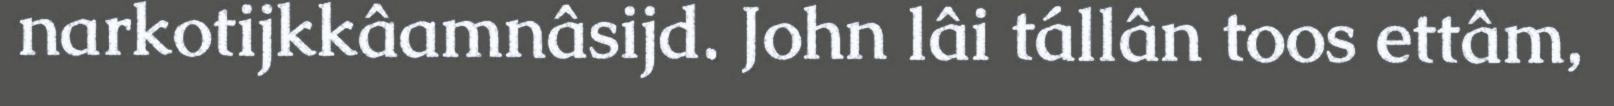
narkotijkkâamnâsijd. John lâi tállân toos ettâm,